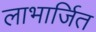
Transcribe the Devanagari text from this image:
लाभार्जित